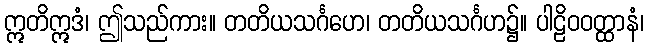
ဣတိဣဒံ၊ ဤသည်ကား။ တတိယသင်္ဂဟေ၊ တတိယသင်္ဂဟ၌။ ပါဠိဝဝတ္ထာနံ၊